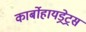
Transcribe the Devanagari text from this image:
कार्बोहायड्रेट्रस